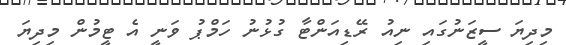
މިދިޔަ ސީޒަނުގައި ނިއު ރޭޑިއަންޓާ ގުޅުނު ހަމްޕު ވަނީ އެ ޓީމުން މިދިޔަ